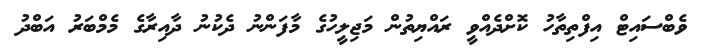
ވެބްސައިޓް އިފްތިތާހު ކޮށްދެއްވީ ރައްޔިތުން މަޖިލީހުގެ މާފަންނު ދެކުނު ދާއިރާގެ މެމްބަރު އަބްދު